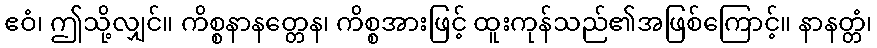
ဧဝံ၊ ဤသို့လျှင်။ ကိစ္စနာနတ္တေန၊ ကိစ္စအားဖြင့် ထူးကုန်သည်၏အဖြစ်ကြောင့်။ နာနတ္တံ၊